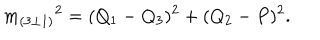
{ m _ { ( 3 \bot 1 ) } } ^ { 2 } = ( Q _ { 1 } - Q _ { 3 } ) ^ { 2 } + ( Q _ { 2 } - P ) ^ { 2 } .